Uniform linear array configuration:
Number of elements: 4
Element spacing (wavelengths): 1
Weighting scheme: hann
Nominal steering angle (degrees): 60
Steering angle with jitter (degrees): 58.403
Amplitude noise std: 0.05
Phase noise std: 0.05

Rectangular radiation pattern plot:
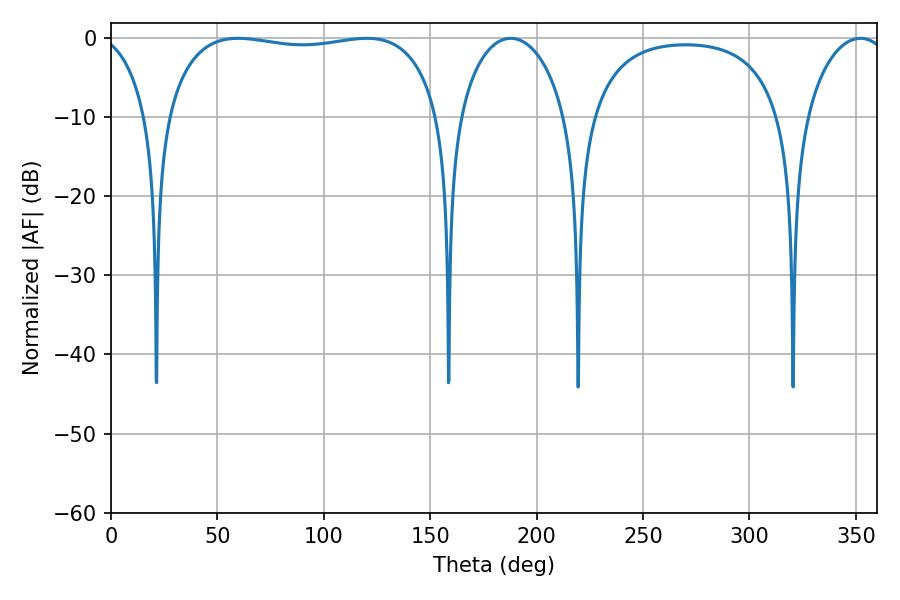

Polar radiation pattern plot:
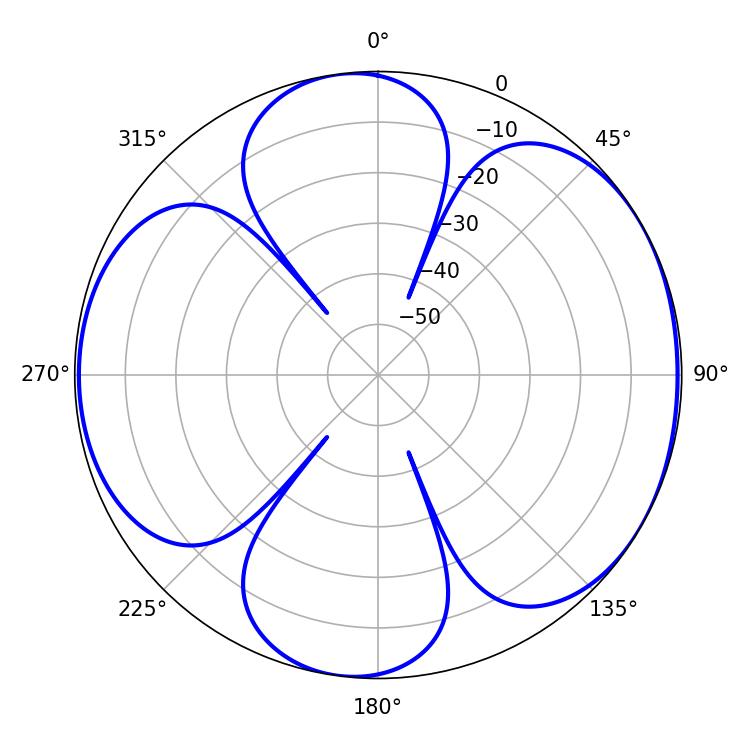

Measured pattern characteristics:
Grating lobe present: TRUE
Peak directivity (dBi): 5.988
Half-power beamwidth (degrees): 104.04
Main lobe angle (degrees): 59.76